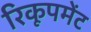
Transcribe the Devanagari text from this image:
रिकूपमेंट